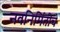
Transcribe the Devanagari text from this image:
नवनिर्मितीचे